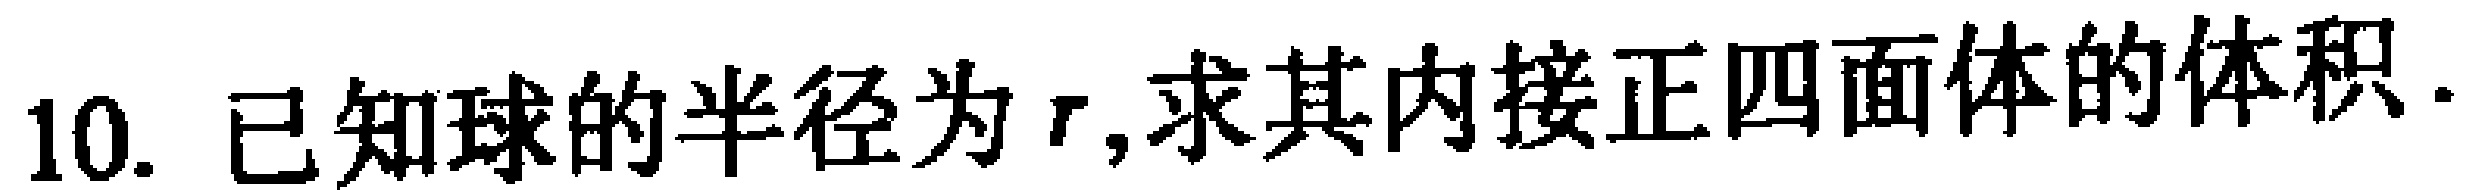
10. 已知球的半径为\(r\),求其内接正四面体的体积.